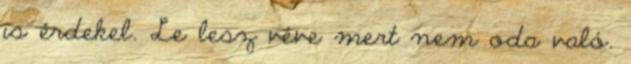
is érdekel. Le lesz véve mert nem oda való.